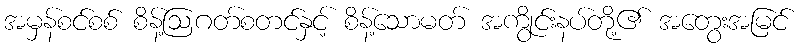
အမှန်စင်စစ် စိန့်ဩဂတ်စတင်နှင့် စိန့်သောမတ် အကွိုင်းနပ်တို့၏ အတွေးအမြင်